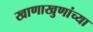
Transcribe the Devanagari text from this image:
खाणाखुणांच्या